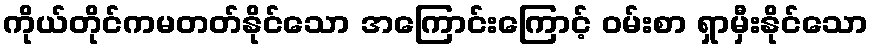
ကိုယ်တိုင်ကမတတ်နိုင်သော အကြောင်းကြောင့် ဝမ်းစာ ရှာမှီးနိုင်သော